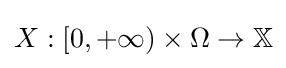
X:[0,+\infty )\times \Omega \to \mathbb {X}